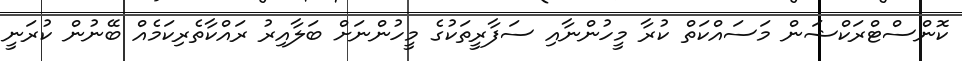
ކޮންސްޓްރަކްޝަން މަސައްކަތް ކުރާ މީހުންނާއި ސަފާރީތަކުގެ މީހުންނަށް ބަލާއިރު ރައްކާތެރިކަމެއް ބޭނުން ކުރަނީ